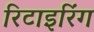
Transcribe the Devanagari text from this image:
रिटाइरिंग